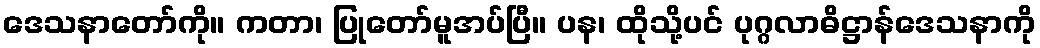
ဒေသနာတော်ကို။ ကတာ၊ ပြုတော်မူအပ်ပြီ။ ပန၊ ထိုသို့ပင် ပုဂ္ဂလာဓိဋ္ဌာန်ဒေသနာကို